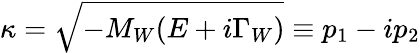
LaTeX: \kappa=\sqrt{-M_{W}(E+i\Gamma_{W})}\equiv p_{1}-ip_{2}